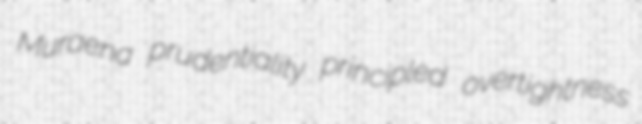
Muraena prudentiality principled overtightness